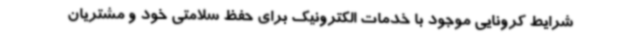
شرایط کرونایی موجود با خدمات الکترونیک برای حفظ سلامتی خود و مشتریان